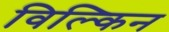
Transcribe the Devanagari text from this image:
विल्किन